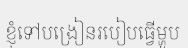
ខ្ញុំទៅបង្រៀនរបៀបធ្វើម្ហូប